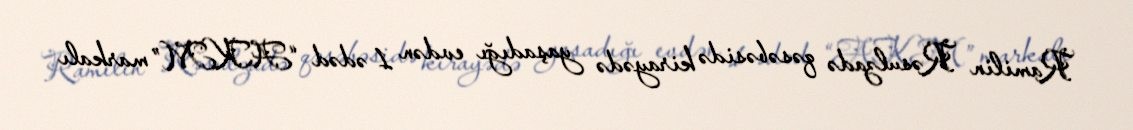
Ramilin Rəsulzadə qəsəbəsidə kirayədə yaşadığı evdən 1 ədəd “AKM” markalı